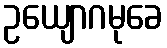
ဥယျောဂမုခေ